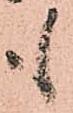
も